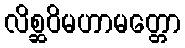
လိစ္ဆဝိမဟာမတ္တော